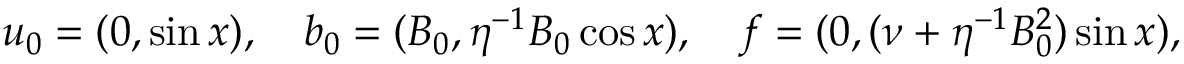
\boldsymbol { u } _ { 0 } = ( 0 , \sin x ) , \quad \boldsymbol { b } _ { 0 } = ( B _ { 0 } , \eta ^ { - 1 } B _ { 0 } \cos x ) , \quad \boldsymbol { f } = ( 0 , ( \nu + \eta ^ { - 1 } B _ { 0 } ^ { 2 } ) \sin x ) ,